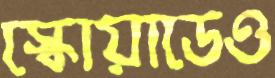
স্কোয়াডেও